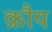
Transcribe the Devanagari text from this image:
क्रौय